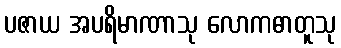
ပဇာယ အပရိမာဏာသု လောကဓာတူသု